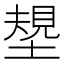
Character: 𱗪